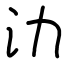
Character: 氻